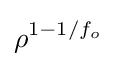
\rho ^{1-1/f_{o}}